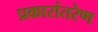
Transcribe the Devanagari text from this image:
प्रकारांतरेण